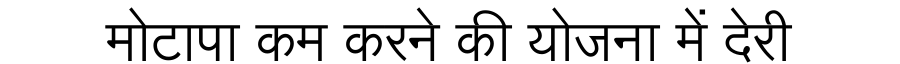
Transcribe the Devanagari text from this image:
मोटापा कम करने की योजना में देरी